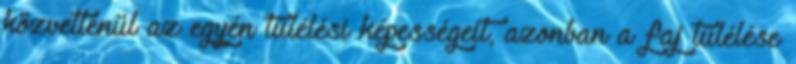
közvetlenül az egyén túlélési képességeit, azonban a faj túlélése